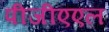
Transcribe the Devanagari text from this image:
पीजीएएल